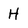
Character: H